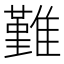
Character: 𩀤